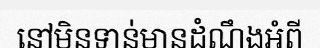
នៅមិនទាន់មានដំណឹងអំពី